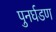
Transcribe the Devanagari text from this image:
पुनर्घडण